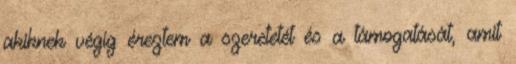
akiknek végig éreztem a szeretetét és a támogatását, amit